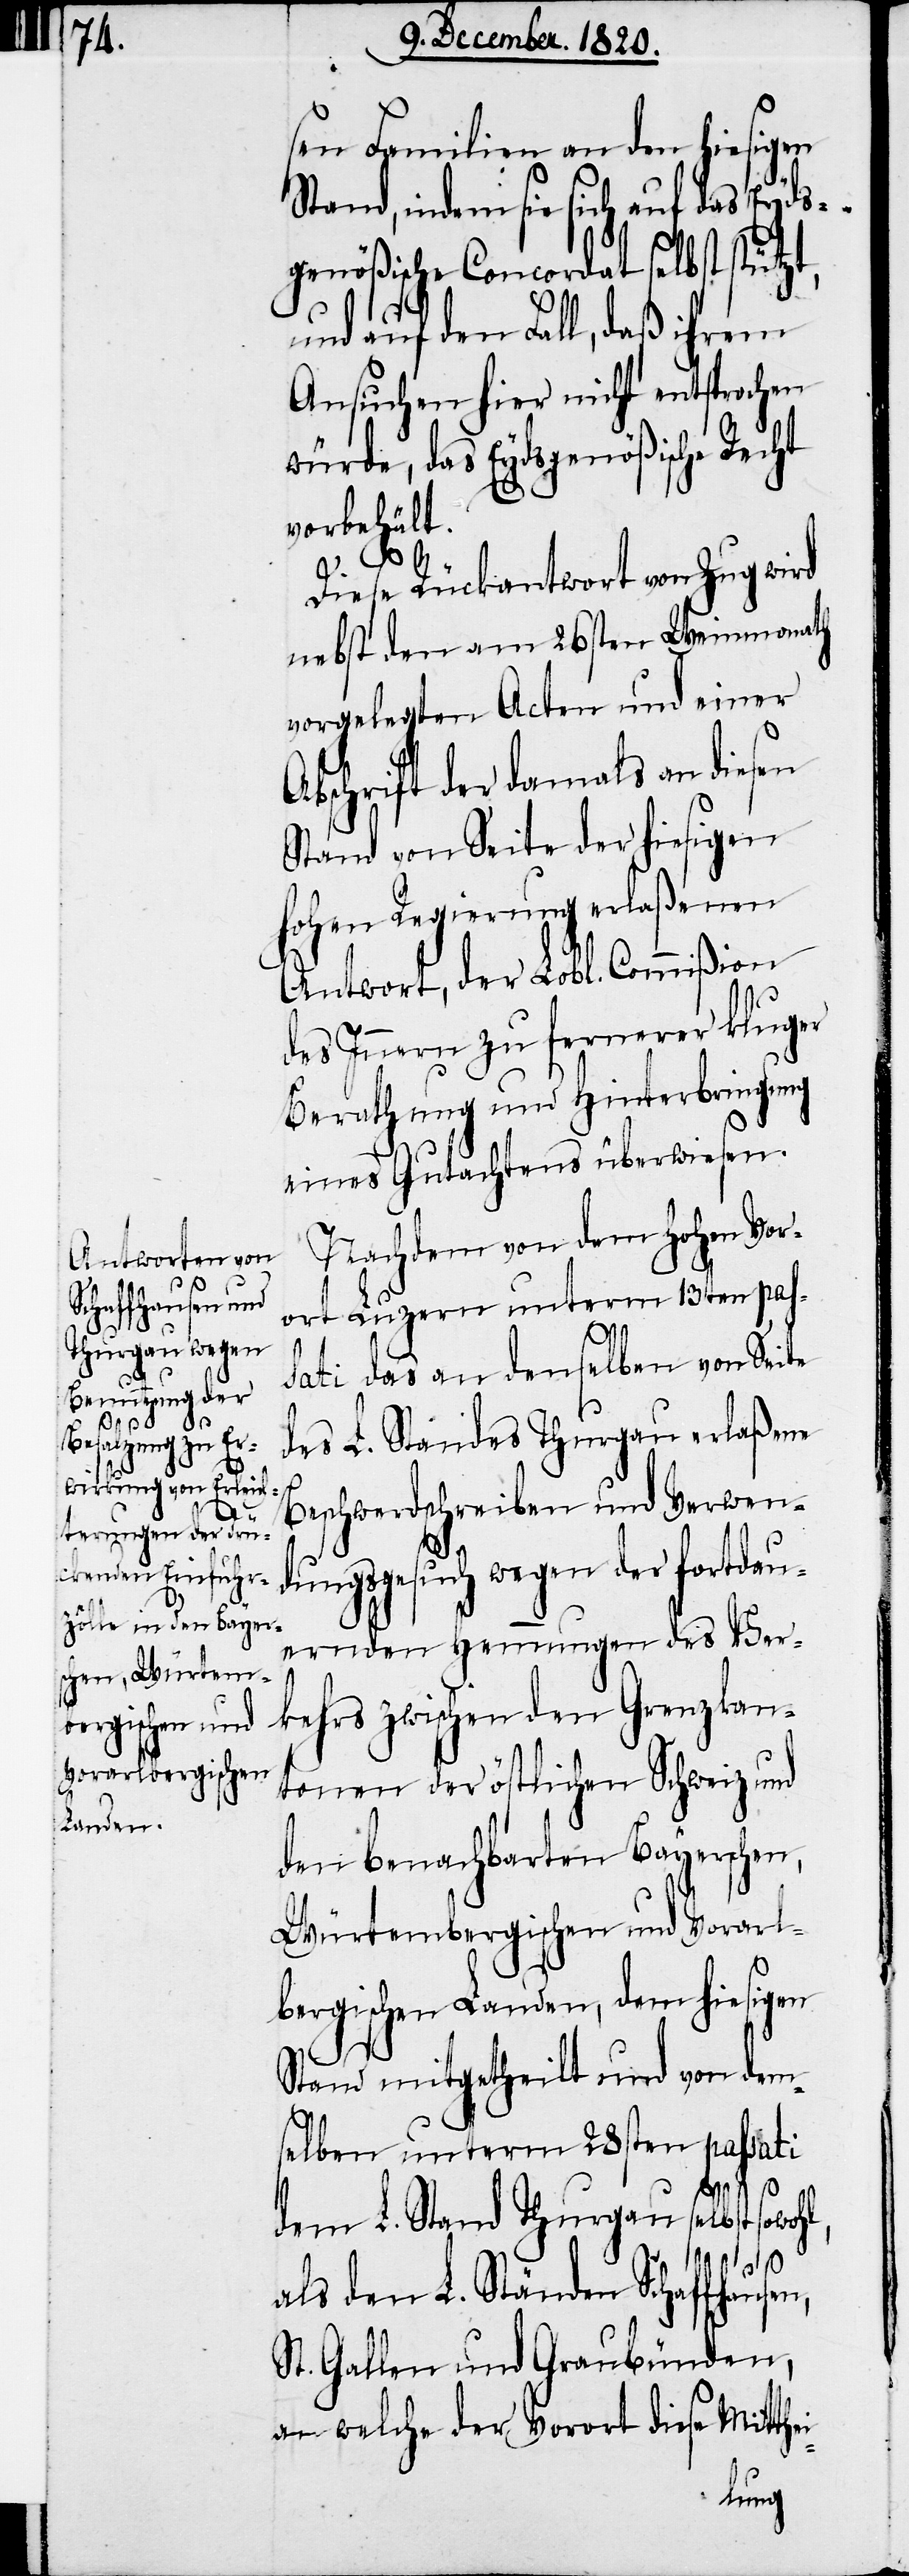
sen Familien an den hiesigen
Stand, indem sie sich auf das Eyds¬
genößische Concordat selbst stützt,
und auf den Fall, daß ihrem
Ansuchen hier nicht entsprochen
würde, das Eydsgenößische Recht
vorbehält.
sen,
Diese Rückantwort von Zug wird
nebst den am 26sten Weinmonath
vorgelegten Acten und einer
Abschrift der damals an diesen
Stand von Seite der hiesigen
hohen Regierung erlaßenen
Antwort, der Lobl. Commißion
des Innern zu fernerer kluger
Berathung und Hinterbringung
eines Gutachtens überwiesen.
Nachdem von dem hohen Vor¬
ort Luzern unterm 13ten pass¬
ati das an denselben von Seite
des L. Standes Thurgau erlaßene
Beschwerdschreiben und Verwen¬
dungsgesuch wegen der fortdau¬
ernden Hemmungen des Ver¬
kehrs zwischen den Grenzkan¬
tonen oder östlichen Schweiz und
den benachbarten Bayerschen,
Würtembergischen und Vorarl¬
bergischen Landen, dem hiesigen
Stand mitgetheilt und von dem¬
selben unterm 28sten passati
dem L. Stand Thurgau selbst
als den L. Ständen Schaffhau¬
St. Gallen und Graubünden,
an welche der Vorort diese Mitthei-